Indian journal of veterinary science and animal husbandry - Volumes 15-17, 1948-1951
Year: 1948
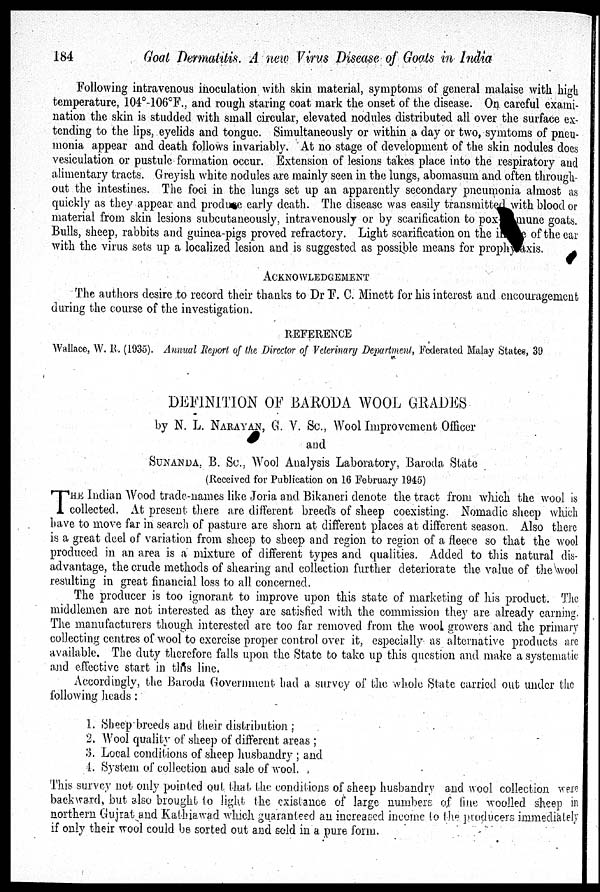
184
Goat
Dermatitis. A new Virus Disease of Goats in India
Following intravenous inoculation with skin material, symptoms of general malaise with high
temperature, 104°-106°F., and rough staring coat mark the onset of the disease. On careful exami-
nation the skin is studded with small circular, elevated nodules distributed all over the surface ex-
tending to the lips, eyelids and tongue. Simultaneously or within a day or two, symtoms of pneu-
monia appear and death follows invariably. At no stage of development of the skin nodules does
vesiculation or pustule formation occur. Extension of lesions takes place into the respiratory and
alimentary tracts. Greyish white nodules are mainly seen in the lungs, abomasum and often through-
out the intestines. The foci in the lungs set up an apparently secondary pneumonia almost as
quickly as they appear and produce early death. The disease was easily transmitted with blood or
material from skin lesions subcutaneously, intravenously or by scarification to pox mune goats.
Bulls, sheep, rabbits and guinea-pigs proved refractory. Light scarification on the incrase of the ear
with the virus sets up a localized lesion and is suggested as possible means for prophylaxis.
ACKNOWLEDGEMENT
The authors desire to record their thanks to Dr F. C. Minett for his interest and encouragement
during the course of the investigation.
REFERENCE
Wallace, W. R. (1935). Annual Report of the Director of Veterinary Department, Federated Malay States, 39
DEFINITION OF BARODA WOOL GRADES
by N. L. NARAYAN, G. V. Sc., Wool Improvement Officer
and
SUNANDA. B. Sc., Wool Analysis Laboratory, Baroda State
(Received for Publication on 16 February 1945)
T HE Indian Wood trade-names like Joria and Bikaneri denote the tract from which the wool is
collected. At present there are different breeds of sheep coexisting. Nomadic sheep which
have to move far in search of pasture are shorn at different places at different season. Also there
is a great deel of variation from sheep to sheep and region to region of a fleece so that the wool
produced in an area is a mixture of different types and qualities. Added to this natural dis-
advantage, the crude methods of shearing and collection further deteriorate the value of the wool
resulting in great financial loss to all concerned.
The producer is too ignorant to improve upon this state of marketing of his product. The
middlemen are not interested as they are satisfied with the commission they are already earning.
The manufacturers though interested are too far removed from the wool growers and the primary
collecting centres of wool to exercise proper control over it, especially as alternative products are
available. The duty therefore falls upon the State to take up this question and make a systematic
and effective start in this line.
Accordingly, the Baroda Government had a survey of the whole State carried out under the
following heads:
1. Sheep breeds and their distribution;
2. Wool quality of sheep of different areas;
3. Local conditions of sheep husbandry; and
4. System of collection and sale of wool.
This survey not only pointed out that the conditions of sheep husbandry and wool collection were
backward, but also brought to light the existance of large numbers of fine woolled sheep in
northern Gujrat and Kathiawad which guaranteed an increased income to the producers immediately
if only their wool could be sorted out and sold in a pure form.